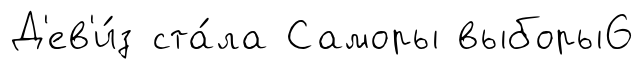
Д'ев'и́з ста́ла Саморы выборы6